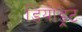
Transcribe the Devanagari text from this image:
डियोड्रेंट